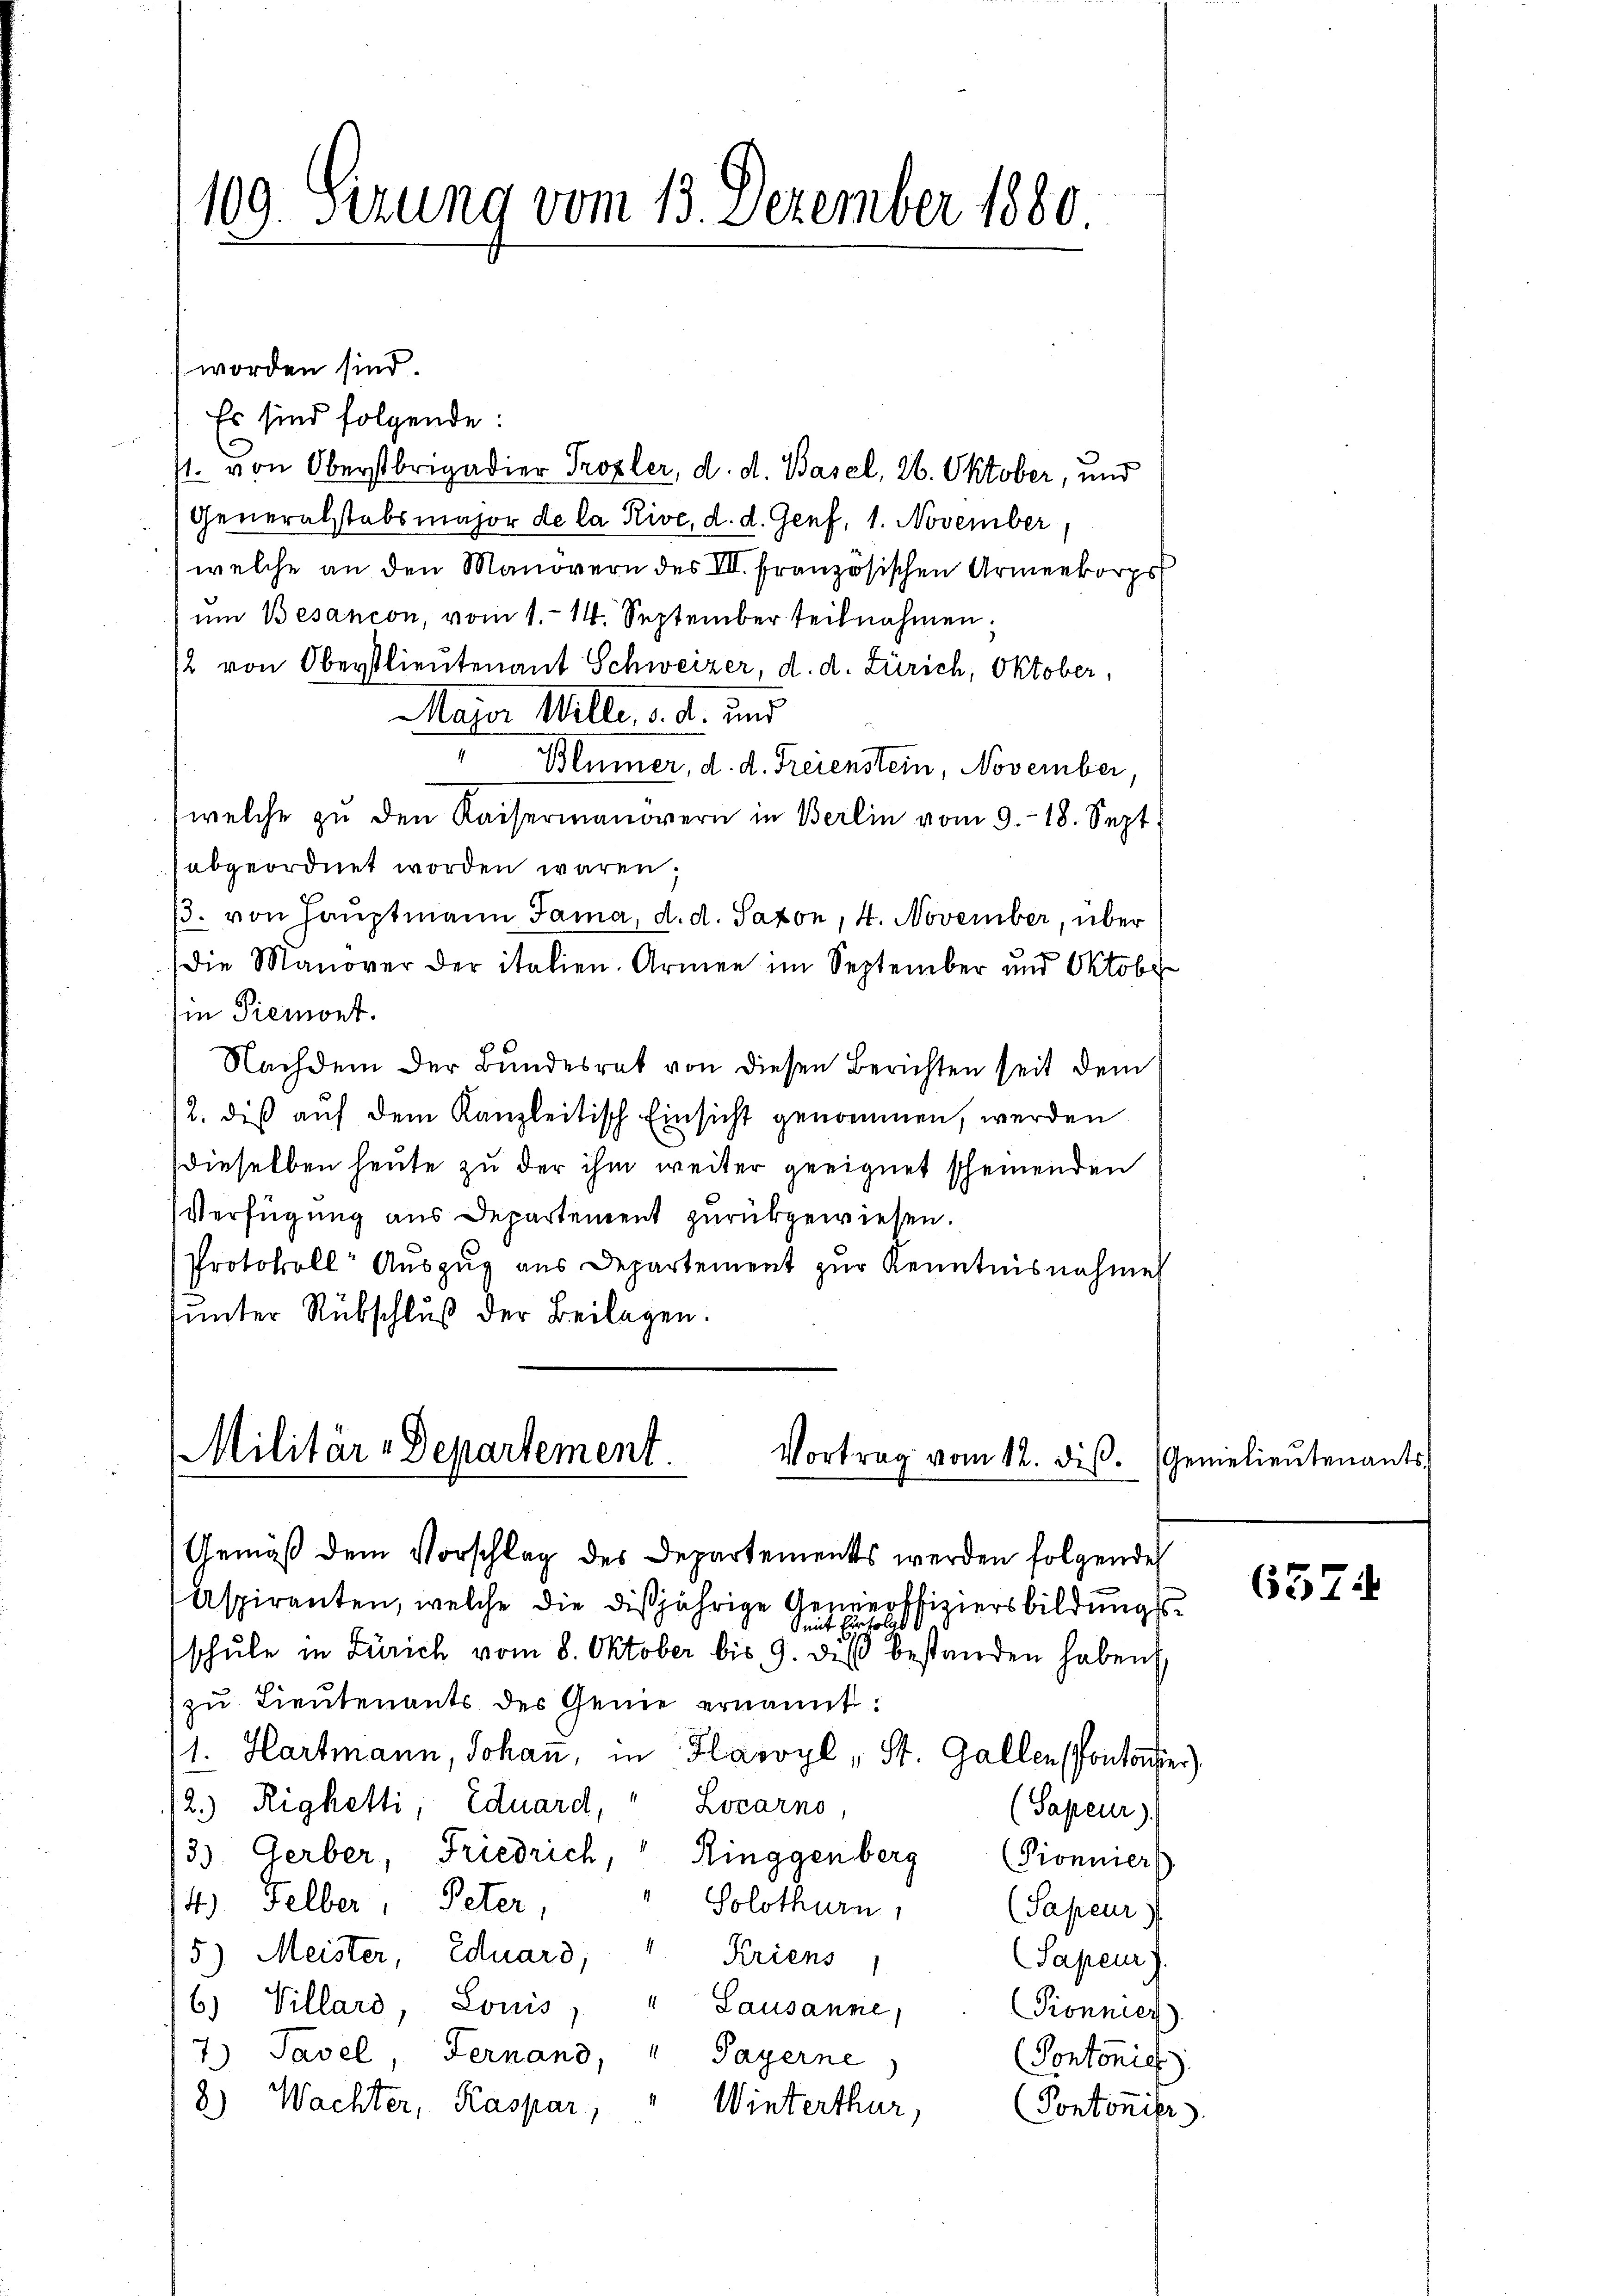
109. Sizung vom 13. Dezember 1880.

worden sind.
Es sind folgende:
st. von Oberstrigadier Prozler, d. d. Basel, 26. Oktober, und
Generalstabsmajor de la Rive, d. d. Genf, 1. November,
welche an den Manövern des VII. französischen Armenkorps
ŭm Besancon, vom 1. 14. September teilnahmen;
2 von Oberstlieutenant Schweizer, d. d. Zürich, Oktober,
Major Wille, d. d. und
 Blümer, d. d. Freienstein, November
welche zu den Kaisermanörern in Berlin vom 9.-18. Sept
abgeordnet worden wären;
/3. von Hauptmann Jama, d. d. Saxon, 4. November, über
Die Manover der italien. Armen im September und Oktobe
Ein Piemont.
Nachdem der Bundesrat von diesen Berichten seit dem
12. diß auf dem Kanzleitisch Einsicht genommen, werden
dieselben heute zu der ihm weiter geeignet scheinenden
Verfügung aus Departement zurückgewiesen.
Protokoll Aŭszŭg aŭs Departement zŭr Kenntnisnahme
unter Rübschluß der Beilagen.

Militär-Departement.
Vortrag vom 12. dis.

Gemäß dem Vorschlag des Departements werden folgende
Aspiranten, welche die dißjährige Generffiziersbildungsmit für sola
schŭle in Zürich vom 8. Oktober bis 9. diβ bestanden haben,
zu Lieutenants des Genie ernannt:
1. Hartmann, Johan, in Flawyl, St. Gallen Pontoner)
12.) Righetti, Eduard,
Locarno,
(Sapeur)
33. Gerber, Friedrich, Ringgenberg (Pionnier
4) Felber, Peter,
Solothurn,
(Sapeur)
5) Meister, Eduard, " Kriens
Sapeur)
Villard, Louis, " Lausanne,
6)
Pronnier
7.) Tavel, Fernand, Payerne
(Pontonic
8) Wachter, Kaspar,
Winterthur,
(Pontonier

Genielieutenants.

6574